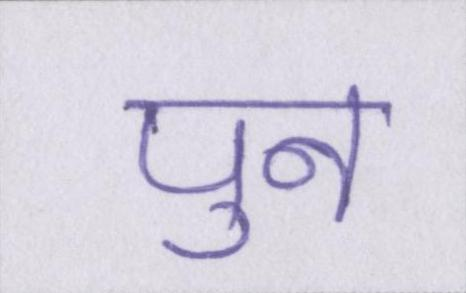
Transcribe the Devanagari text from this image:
पुन